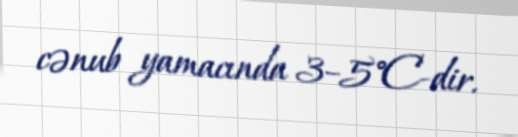
cənub yamacında 3–5°C-dir.